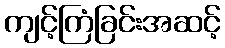
ကျင့်ကြံခြင်းအဆင့်